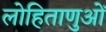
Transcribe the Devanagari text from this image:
लोहिताणुओं